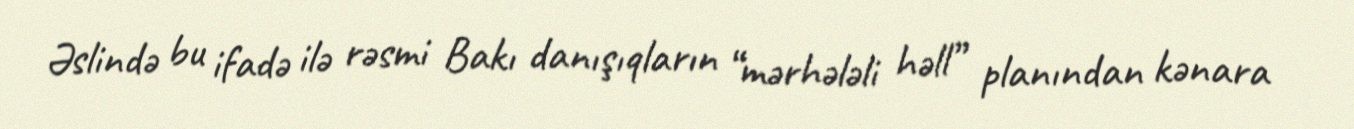
Əslində bu ifadə ilə rəsmi Bakı danışıqların “mərhələli həll” planından kənara